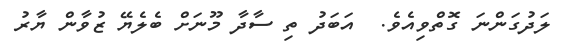
ލަދުގަންނަ ގޮތްވިއެވެ.  އަބަދު ތި ސާދާ މޫނަށް ބެލެޔޭ ޒުވާން ޔާރު